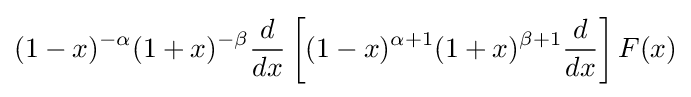
(1-x)^{-\alpha }(1+x)^{-\beta }{\frac {d}{dx}}\left[(1-x)^{\alpha +1}(1+x)^{\beta +1}{\frac {d}{dx}}\right]F(x)